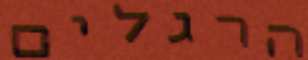
הרגלים